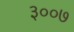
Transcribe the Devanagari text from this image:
३००७